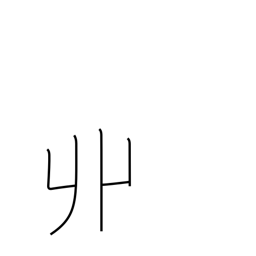
Meaning: horn-shaped locks of hair